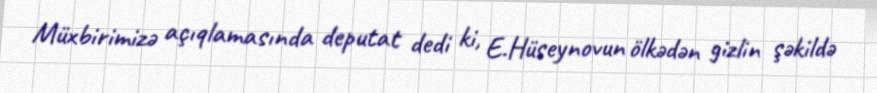
Müxbirimizə açıqlamasında deputat dedi ki, E.Hüseynovun ölkədən gizlin şəkildə